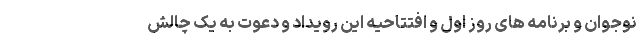
نوجوان و برنامه های روز اول و افتتاحیه این رویداد و دعوت به یک چالش